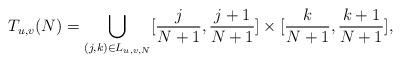
LaTeX: \begin{align*}T_{u,v}(N)=\bigcup_{(j,k)\in L_{u,v,N}}[\frac{j}{N+1},\frac{j+1}{N+1}]\times[\frac{k}{N+1},\frac{k+1}{N+1}],\end{align*}